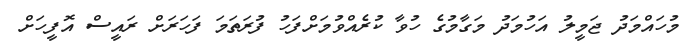
މުހައްމަދު ޖަމީލު އަހުމަދު މަގާމުގެ ހުވާ ކުރެއްވުމަށްފަހު ފުރަތަމަ ފަހަރަށް ރައީސް އޮފީހަށް